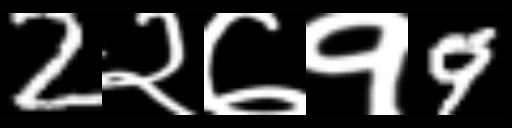
Text: 2२७१9